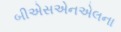
બીએસએનએલના